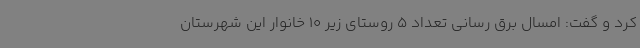
کرد و گفت: امسال برق رسانی تعداد 5 روستای زیر 10 خانوار این شهرستان